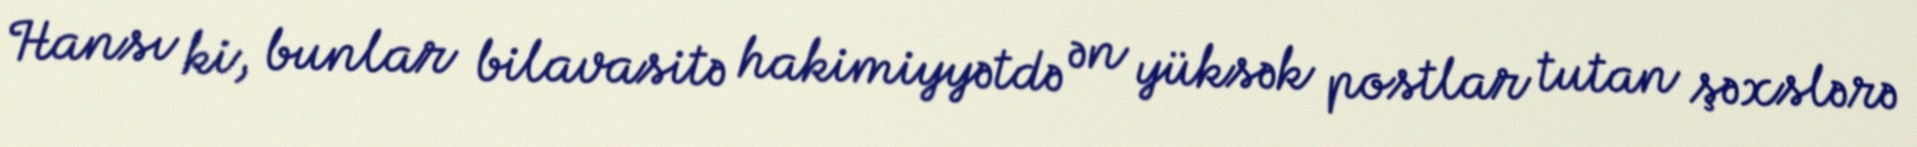
Hansı ki, bunlar bilavasitə hakimiyyətdə ən yüksək postlar tutan şəxslərə